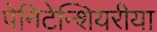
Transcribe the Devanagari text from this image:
पेनिटेन्शियरीया